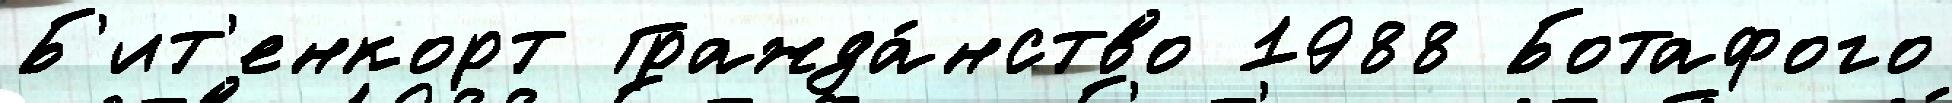
Б'ит'енкорт Гражда́нство 1988 Ботафого